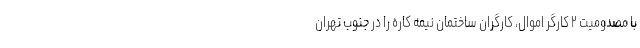
با مصدومیت ۲ کارگر اموال، کارگران ساختمان نیمه کاره را در جنوب تهران